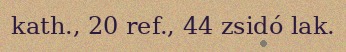
kath., 20 ref., 44 zsidó lak.